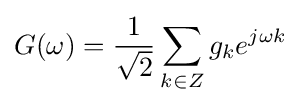
G(\omega )={\frac {1}{\sqrt {2}}}\sum _{k\in Z}g_{k}e^{j\omega k}